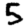
Digit: 5